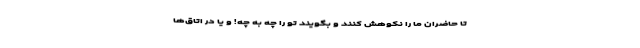
تا حاضران ما را نکوهش کنند و بگویند تو را چه به چه! و یا در اتاق‌ها